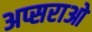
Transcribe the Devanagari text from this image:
अप्सराओ